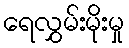
ရေလွှမ်းမိုးမှု